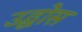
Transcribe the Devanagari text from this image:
उद्घोस